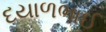
દયાળભાઈ